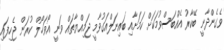
ވެގެންދާނީ ބޭކާރު އެއްބަސްވުމަކަށް ކަމަށާއި ބައިނަލްއަގުވާމީ ޖަމިއްޔާތައް ވަނީ އޯވަހޯލް ކުރަން ޖެހިފައި